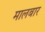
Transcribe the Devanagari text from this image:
मालबार